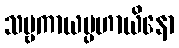
သဗ္ဗကာယပ္ပဟာယိနော